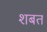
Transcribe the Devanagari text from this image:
शबत